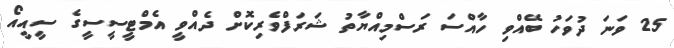
25 ވަނަ ދުވަހު ބޭއްވި ހާއްސަ ރަސްމިއްޔާތު ޝަަރަފްވެރިކޮށް ދެއްވީ އެމްޓީސީސީގެ ސީއީއޯ